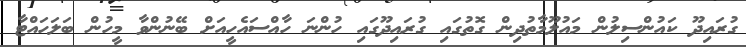
ގުރައިދޫ ކައުންސިލުން މައުލޫމާތުދިން ގޮތުގައި ގުރައިދޫގައި ހުންނަ ހާއްސައެހީއަށް ބޭނުންވާ މީހުން ބަލަހައްޓާ